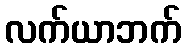
လက်ယာဘက်